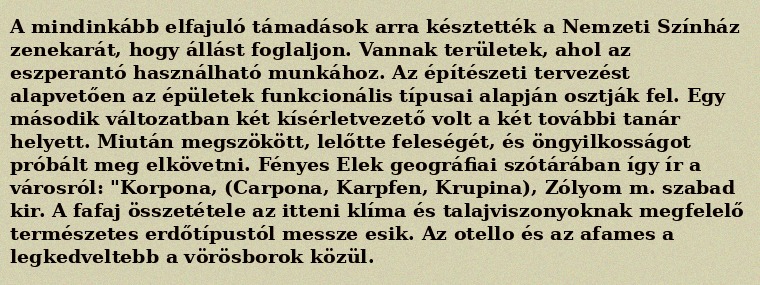
A mindinkább elfajuló támadások arra késztették a Nemzeti Színház zenekarát, hogy állást foglaljon. Vannak területek, ahol az eszperantó használható munkához. Az építészeti tervezést alapvetően az épületek funkcionális típusai alapján osztják fel. Egy második változatban két kísérletvezető volt a két további tanár helyett. Miután megszökött, lelőtte feleségét, és öngyilkosságot próbált meg elkövetni. Fényes Elek geográfiai szótárában így ír a városról: "Korpona, (Carpona, Karpfen, Krupina), Zólyom m. szabad kir. A fafaj összetétele az itteni klíma és talajviszonyoknak megfelelő természetes erdőtípustól messze esik. Az otello és az afames a legkedveltebb a vörösborok közül.